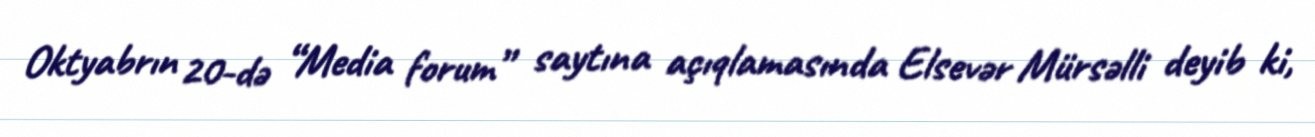
Oktyabrın 20-də “Media forum” saytına açıqlamasında Elsevər Mürsəlli deyib ki,